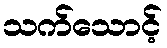
သက်သောင့်